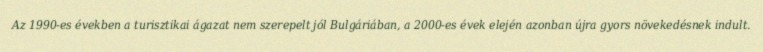
Az 1990-es években a turisztikai ágazat nem szerepelt jól Bulgáriában, a 2000-es évek elején azonban újra gyors növekedésnek indult.